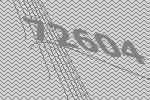
72604